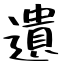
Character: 遺